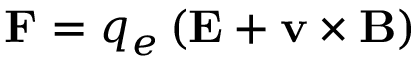
\mathbf { F } = q _ { e } \left( \mathbf { E } + \mathbf { v } \times \mathbf { B } \right)